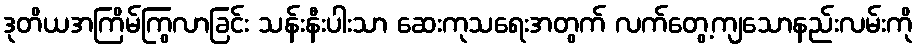
ဒုတိယအကြိမ်ကြွလာခြင်း သန်းနီးပါးသာ ဆေးကုသရေးအတွက် လက်တွေ့ကျသောနည်းလမ်းကို